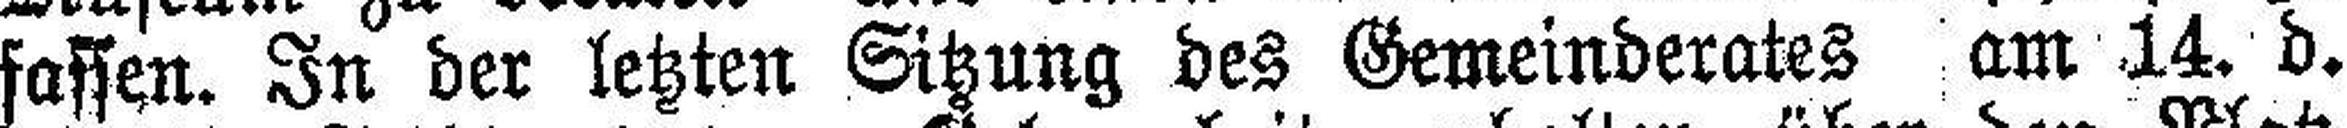
fassen. In der letzten Sitzung des Gemeinderates am 14. d.